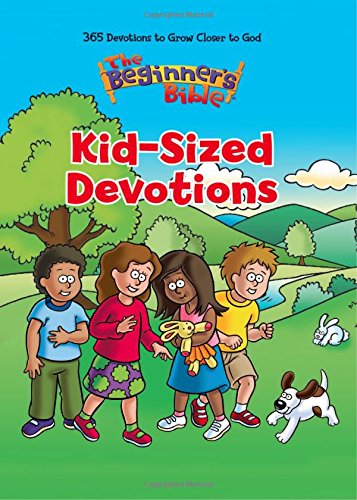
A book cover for The Beginner's Bible Kid-Sized Devotions; Zondervan; Christian Books & Bibles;